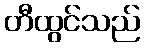
တီထွင်သည်